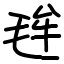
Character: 毪